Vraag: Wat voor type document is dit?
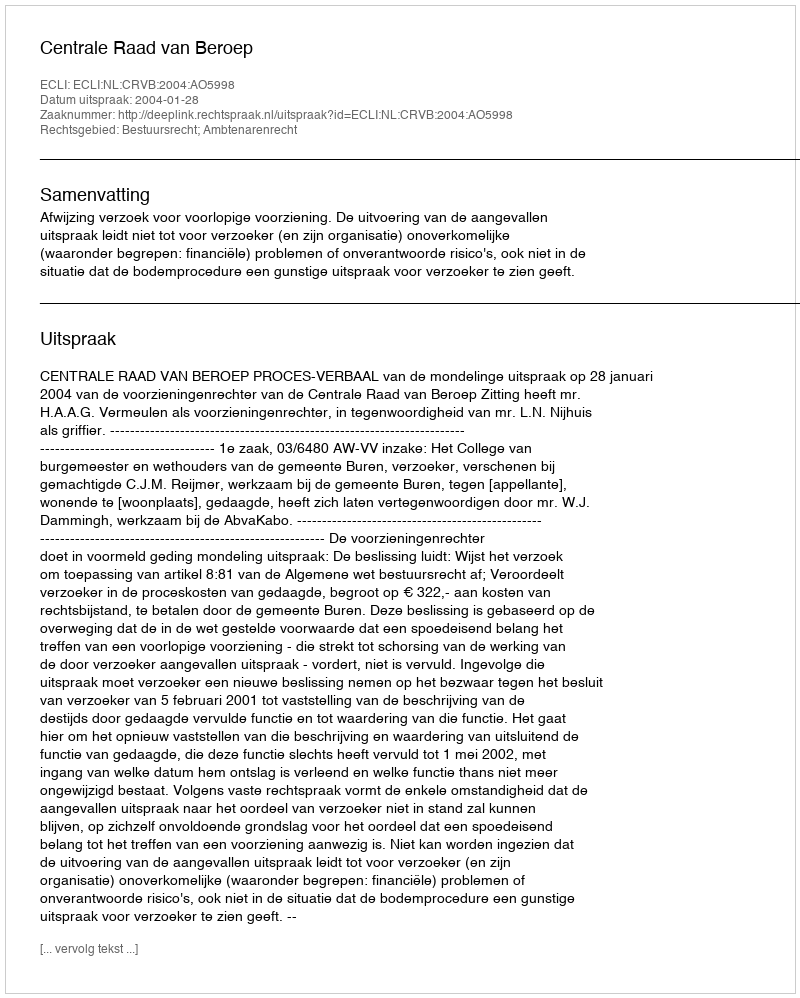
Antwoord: Uitspraak